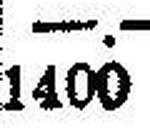
1400